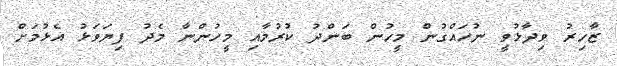
ޒާހިރު ވިދާޅުވީ ނުހައްގުން މީހުން ބަންދު ކުރުމާއި މީހުންނާ މެދު ފިޔަވަޅު އެޅުމަށް